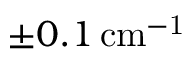
\pm 0 . 1 \, \mathrm { c m ^ { - 1 } }